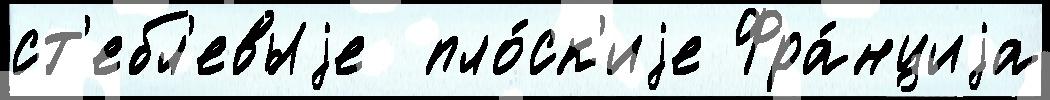
ст'ебл'евыjе  пло́ск'иjе Фра́нциjа